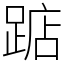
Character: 踮